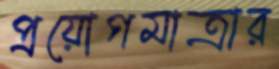
প্রয়োগমাত্রার